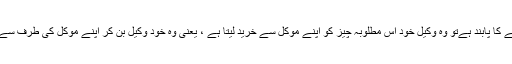
 اس کے برعکس اگروہ وکیل اپنے مؤکل کی طرف سے کسی چیز کوبیچنے کا پابند ہےتو وہ وکیل خود اس مطلوبہ چیز کو اپنے مؤکل سے خرید لیتا ہے ، یعنی وہ خود وکیل بن کر اپنے مؤکل کی طرف سے اُسے بیچ بھی رہا ہے اور خود خریدار بن کر اُسے خرید بھی رہا ہے۔